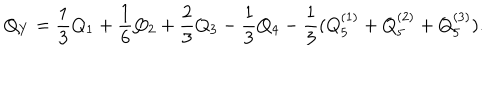
Q _ { Y } = \frac { 1 } { 3 } Q _ { 1 } + \frac { 1 } { 6 } Q _ { 2 } + \frac { 2 } { 3 } Q _ { 3 } - \frac { 1 } { 3 } Q _ { 4 } - \frac { 1 } { 3 } ( Q _ { 5 } ^ { ( 1 ) } + Q _ { 5 } ^ { ( 2 ) } + Q _ { 5 } ^ { ( 3 ) } ) .